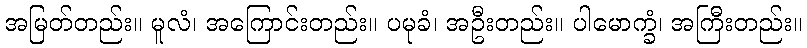
အမြတ်တည်း။ မူလံ၊ အကြောင်းတည်း။ ပမုခံ၊ အဦးတည်း။ ပါမောက္ခံ၊ အကြီးတည်း။